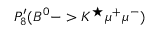
P _ { 8 } ^ { \prime } ( B ^ { 0 } - > K ^ { \star } \mu ^ { + } \mu ^ { - } )